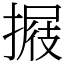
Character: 𢲈